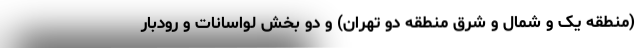
(منطقه یک و شمال و شرق منطقه دو تهران) و دو بخش لواسانات و رودبار